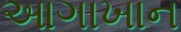
આગાખાન